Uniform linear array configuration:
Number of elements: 64
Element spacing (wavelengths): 0.75
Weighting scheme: uniform
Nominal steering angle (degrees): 45
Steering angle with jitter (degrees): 43.223
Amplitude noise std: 0.05
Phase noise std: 0.05

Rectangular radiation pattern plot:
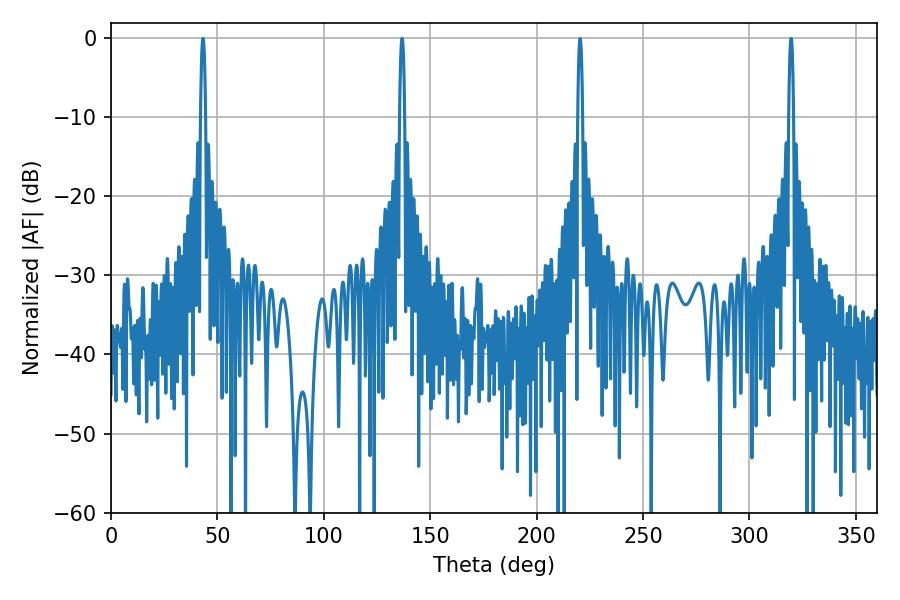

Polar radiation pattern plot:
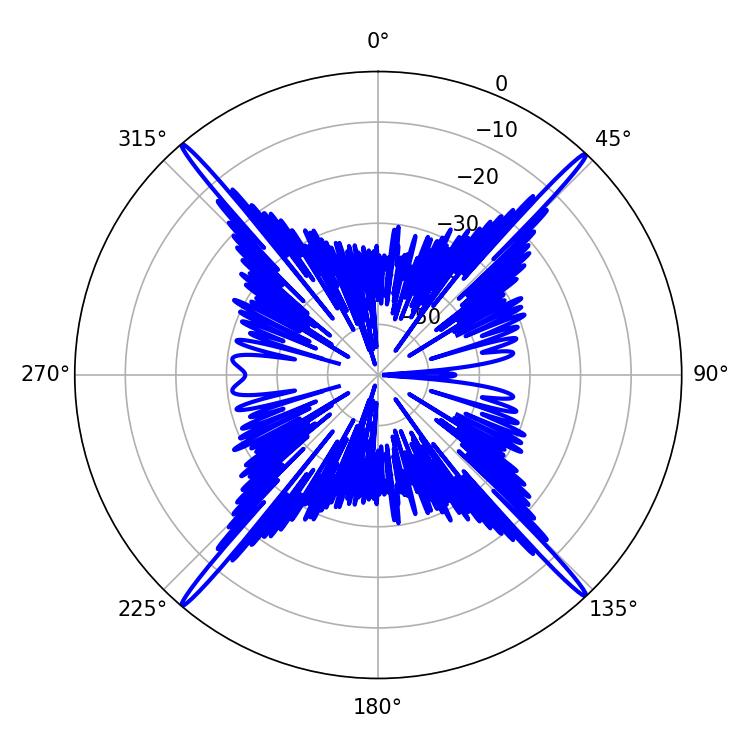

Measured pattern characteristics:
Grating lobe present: TRUE
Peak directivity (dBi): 27.563
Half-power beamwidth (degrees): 1.26
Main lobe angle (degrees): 43.2